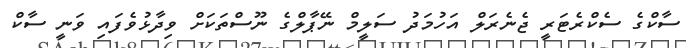
ސާކްގެ ސެކްރެޓަރީ ޖެނެރަލް އަހުމަދު ސަލީމް ނޭޕާލްގެ ނޫސްތަކަށް ވިދާޅުވެފައި ވަނީ ސާކް